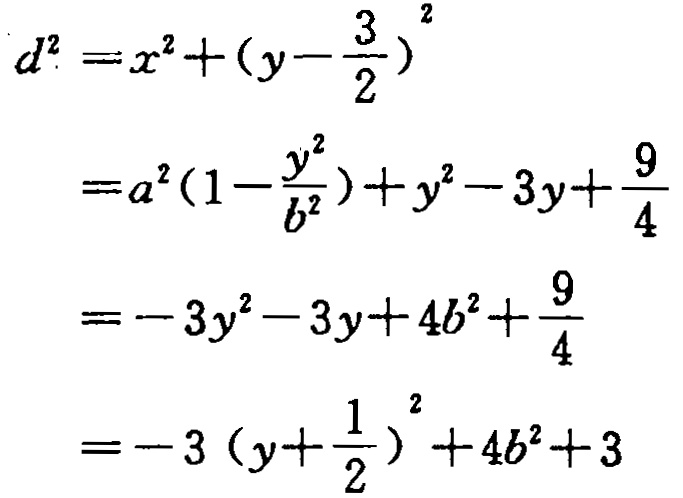
\[
\begin{align*}
d^{2}&=x^{2}+(y - \frac{3}{2})^{2}\\
&=a^{2}(1-\frac{y^{2}}{b^{2}})+y^{2}-3y+\frac{9}{4}\\
&=-3y^{2}-3y + 4b^{2}+\frac{9}{4}\\
&=-3(y+\frac{1}{2})^{2}+4b^{2}+3
\end{align*}
\]